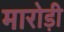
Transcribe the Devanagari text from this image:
मारोड़ी